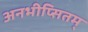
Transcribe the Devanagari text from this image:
अनभीप्सितम्